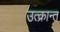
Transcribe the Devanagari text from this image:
उत्क्रान्त